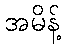
အမိန့်